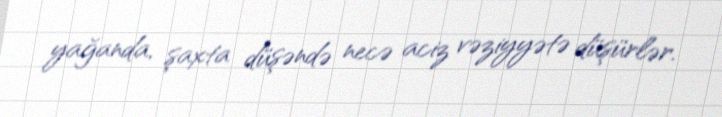
yağanda, şaxta düşəndə necə aciz vəziyyətə düşürlər.